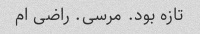
تازه بود. مرسی. راضی ام